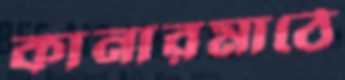
কানারমাঠে